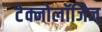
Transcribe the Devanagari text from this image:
टेक्नोलॉजिज